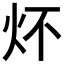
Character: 炋